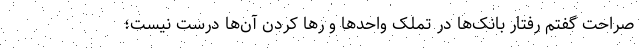
صراحت گفتم رفتار بانک‌ها در تملک واحدها و رها کردن آن‌ها درست نیست؛